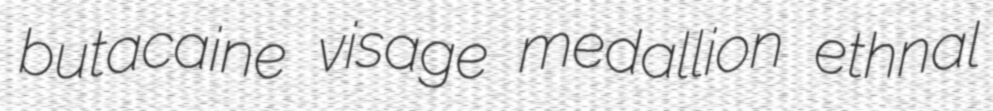
butacaine visage medallion ethnal